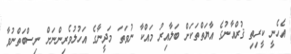
އެހެނީ ކީރިތި ޤުރްއާނުގެ އާޔަތްތަކަށް ބަލާއިރު މައްކާ ނުވަތަ މަދީނާގެ އަހުލުވެރިންނަށް ނިސްބަތްނުވާ